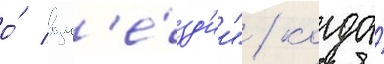
о́ возм'е́зд'ии" / когда́